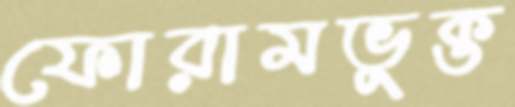
ফোরামভুক্ত